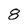
Character: 8